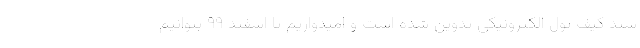
سند کیف پول الکترونیکی تدوین شده است و امیدواریم تا اسفند ۹۹ بتوانیم